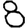
Digit: 8